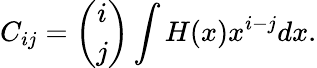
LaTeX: {C}_{ij}=\binom{i}{j}\int H(x)x^{i-j}dx.